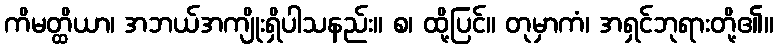
ကိမတ္ထိယာ၊ အဘယ်အကျိုးရှိပါသနည်း။ စ၊ ထို့ပြင်။ တုမှာကံ၊ အရှင်ဘုရားတို့၏။